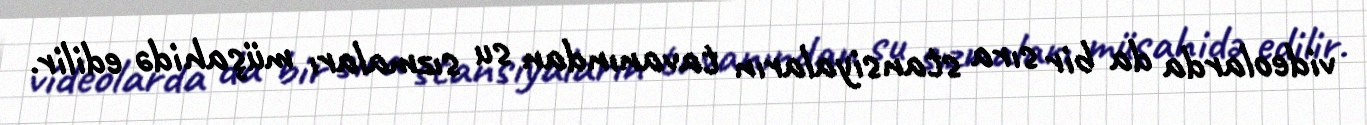
videolarda da bir sıra stansiyaların tavanından su sızmaları müşahidə edilir.